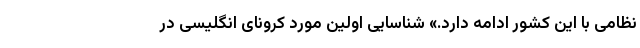
نظامی با این کشور ادامه دارد.» شناسایی اولین مورد کرونای انگلیسی در